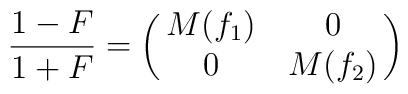
{1-F\over 1+F}   = \pmatrix{M(f_1) & 0 \cr       0 & M(f_2) \cr}